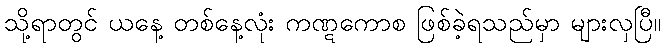
သို့ရာတွင် ယနေ့ တစ်နေ့လုံး ကဏ္ဋကောစ ဖြစ်ခဲ့ရသည်မှာ များလှပြီ။